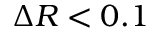
\Delta R < 0 . 1